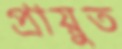
প্রায়ুত